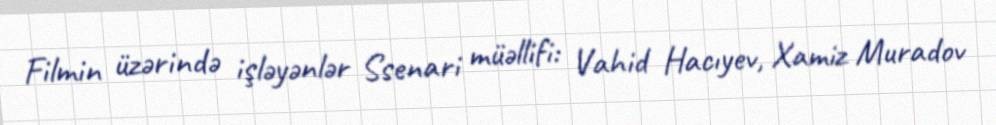
Filmin üzərində işləyənlər Ssenari müəllifi: Vahid Hacıyev, Xamiz Muradov